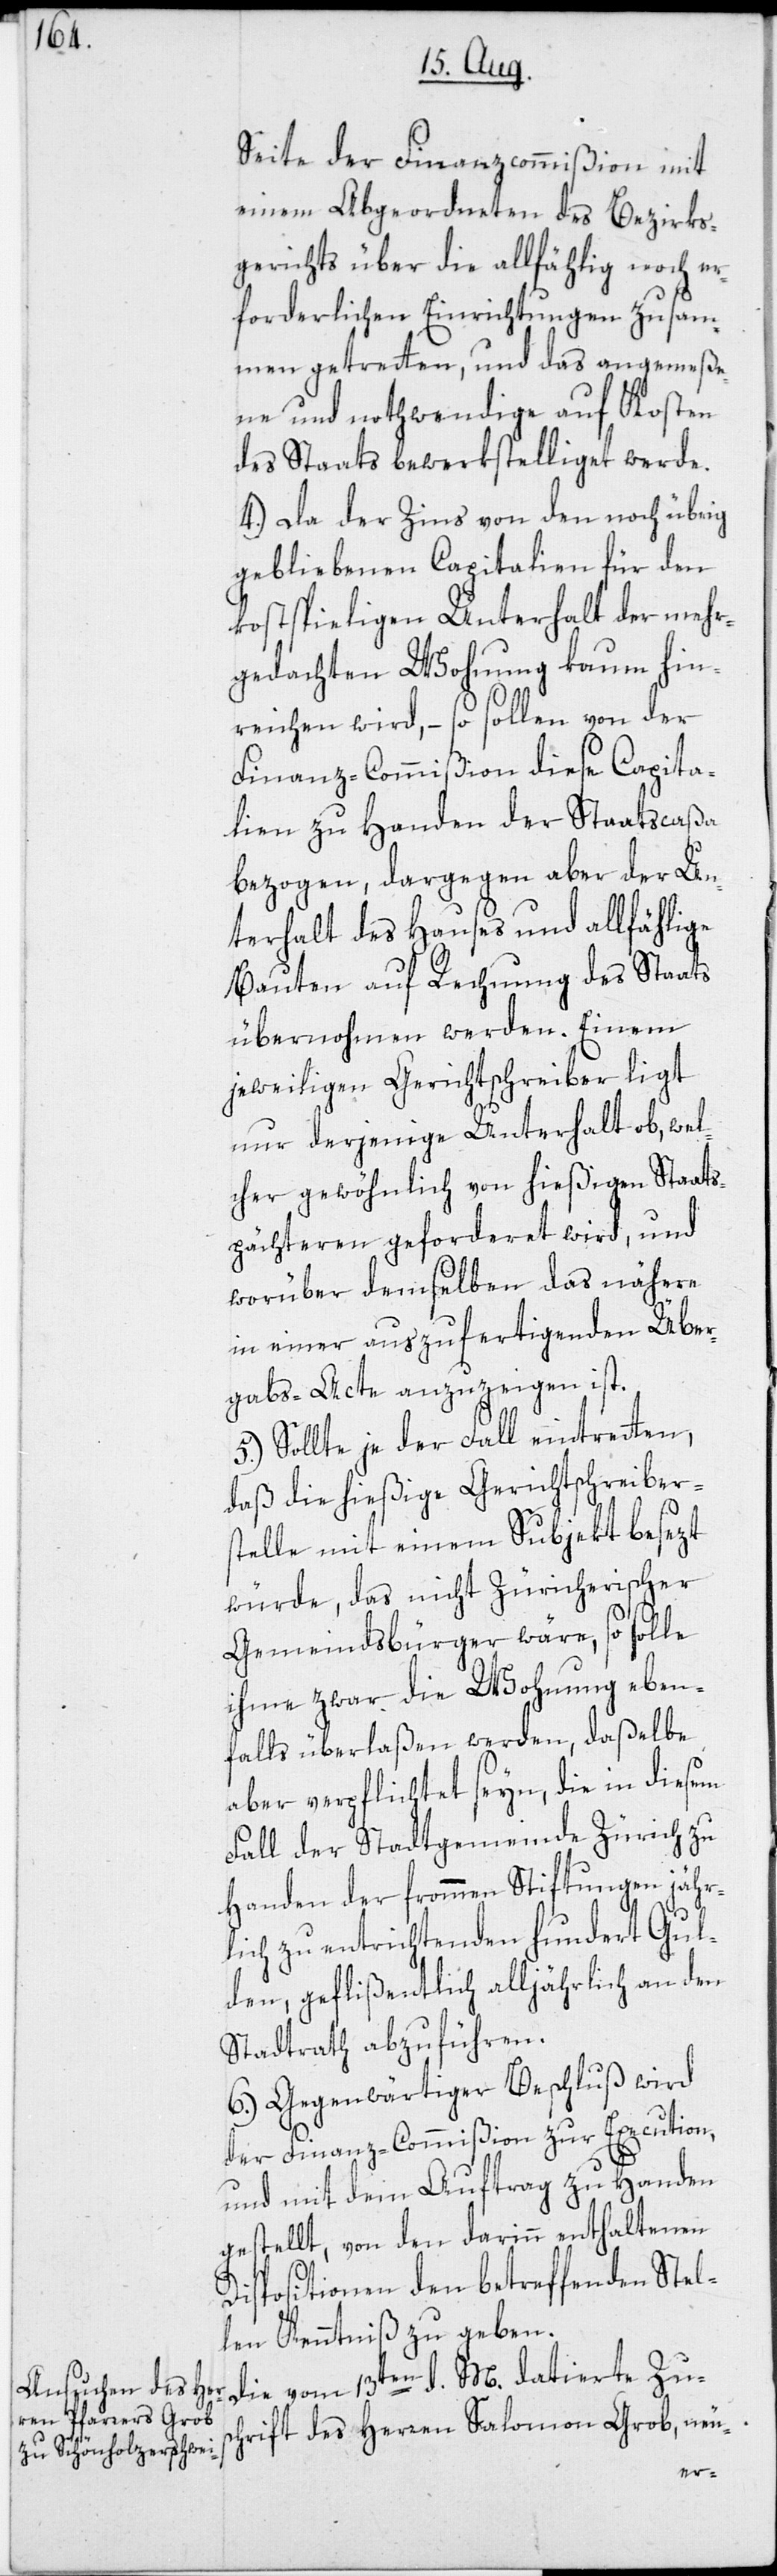
Seite der Finanzcommißion mit
einem Abgeordneten des Bezirks¬
gerichts über die allfählig noch er¬
forderlichen Einrichtungen zusam¬
men getretten, und das angemeße¬
ne und nothwendige auf Kosten
des Staats bewerkstelliget werde.
4.) Da der Zins von den noch übrig
gebliebenen Capitalien für den
kostspieligen Unterhalt der mehr¬
gedachten Wohnung kaum hin¬
reichen wird, – so sollen von der
Finanz-Commißion diese Capita¬
lien zu Handen der Staatscaßa
bezogen, dargegen aber der Un¬
terhalt des Hauses und allfählige
Bauten auf Rechnung des Staats
übernohmen werden. Einem
jeweiligen Gerichtschreiber ligt
nur derjenige Unterhalt ob, wel¬
cher gewöhnlich von hießigen Staats¬
pächteren geforderet wird, und
worüber demselben das nähere
in einer auszufertigenden Über¬
gabs-Acte anzuzeigen ist.
5.) Sollte je der Fall eintretten,
daß die hießige Gerichtschreiber¬
stelle mit einem Subjekt besezt
würde, das nicht Züricherischer
Gemeindsbürger wäre, so solle
ihme zwar die Wohnung eben¬
falls überlaßen werden, daßelbe
aber verpflichtet seyn, die in diesem
Fall der Stadtgemeinde Zürich zu
Handen der frommen Stiftungen jähr¬
lich zu entrichtenden hundert Gul¬
den, geflißentlich alljährlich an den
Stadtrath abzuführen.
6.) Gegenwärtiger Beschluß wird
der Finanz-Commißion zur Execution,
und mit dem Auftrag zu Handen
gestellt, von den darinn enthaltenen
Dispositionen den betreffenden Stel¬
len Kenntniß zu geben.
Die vom 13ten d. M. datierte Zus¬
chrift des Herren Salomon Grob, neu-